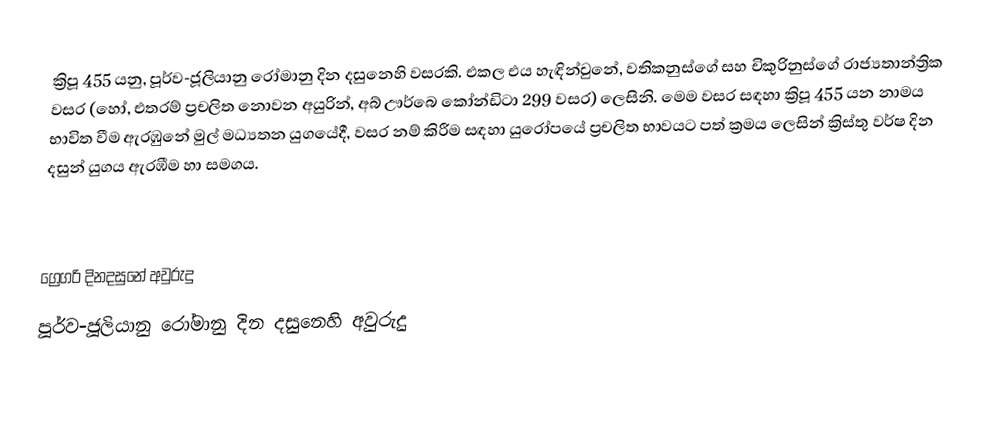

ක්‍රිපූ 455 යනු, පූර්ව-ජූලියානු රෝමානු දින දසුනෙහි වසරකි. එකල එය හැඳින්වුනේ, වතිකනුස්ගේ සහ චිකුරිනුස්ගේ රාජ්‍යතාන්ත්‍රික වසර (හෝ, එතරම් ප්‍රචලිත නොවන අයුරින්, අබ් ඌර්බෙ කෝන්ඩිටා 299 වසර) ලෙසිනි. මෙම වසර සඳහා ක්‍රිපූ 455 යන නාමය භාවිත වීම ඇරඹුනේ මුල්  මධ්‍යතන යුගයේදී, වසර නම් කිරීම සඳහා යුරෝපයේ ප්‍රචලිත භාවයට පත් ක්‍රමය ලෙසින් ක්‍රිස්තු වර්ෂ දින දසුන් යුගය ඇරඹීම හා සමගය.

ග්‍රෙගරි දිනදසුනේ අවුරුදු
පූර්ව-ජූලියානු රෝමානු දින දසුනෙහි අවුරුදු